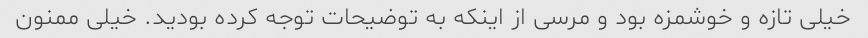
خیلی تازه و خوشمزه بود و مرسی از اینکه به توضیحات توجه کرده بودید. خیلی ممنون